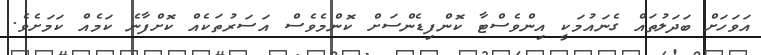
އަވަހަށް ބަދަލުތައް ގެނައުމަކީ އިންވެސްޓާ ކޮންފިޑެންސަށް ކޮންމެވެސް އަސަރުތަކެއް ކޮށްފާނެ ކަމެއް ކަމަށެވެ.